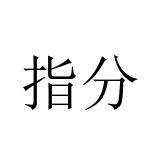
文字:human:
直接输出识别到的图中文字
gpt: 指分